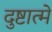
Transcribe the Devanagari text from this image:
दुष्टात्मे